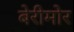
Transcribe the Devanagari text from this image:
बेरीमोर